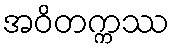
အဝိတက္ကဿ